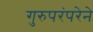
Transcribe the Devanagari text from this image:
गुरुपरंपरेने